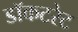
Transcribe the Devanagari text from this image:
डॉकटरेट